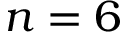
n = 6